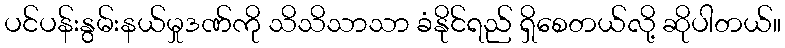
ပင်ပန်းနွမ်းနယ်မှုဒဏ်ကို သိသိသာသာ ခံနိုင်ရည် ရှိစေတယ်လို့ ဆိုပါတယ်။